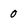
Character: 0